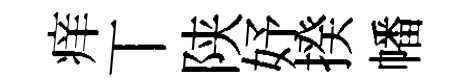
痒丅陕妤揆幡